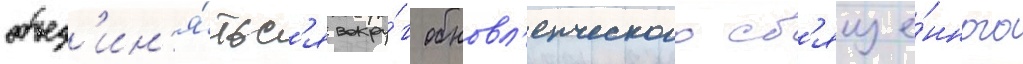
объед'ин'я́тьс'я вокру́г обновл'енческого св'яще́нного